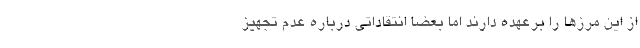
از این مرزها را برعهده دارند اما بعضاً انتقاداتی درباره عدم تجهیز